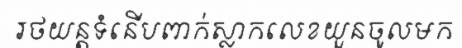
រថយន្តទំនើបពាក់ស្លាកលេខយួនចូលមក